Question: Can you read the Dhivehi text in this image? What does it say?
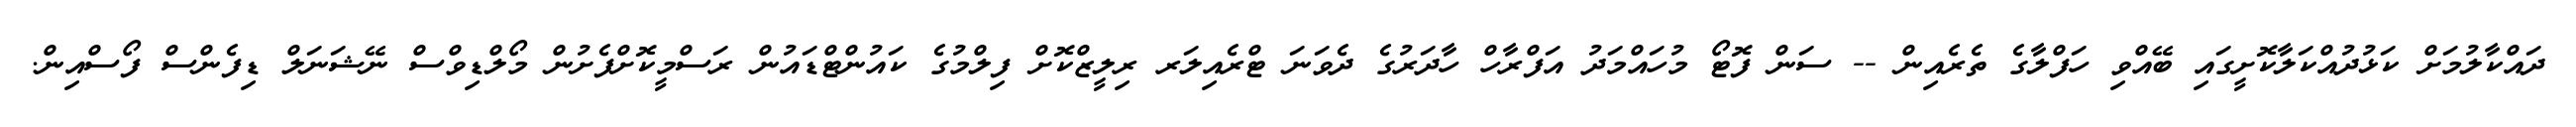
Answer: ދައްކާލުމަށް ކަޅުދުއްކަލާކޮށީގައި ބޭއްވި ހަފްލާގެ ތެރެއިން -- ސަން ފޮޓޯ މުހައްމަދު އަފްރާހް ހާދަރުގެ ދެވަނަ ޓްރެއިލަރ ރިލީޒްކޮށް ފިލްމުގެ ކައުންޓްޑައުން ރަސްމީކޮށްފެށުން މޯލްޑިވްސް ނޭޝަނަލް ޑިފެންސް ފޯސްއިން.